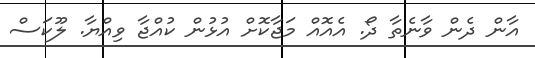
އާން ދެން ވާނެތާ ދޯ. އެއޮއް މަޖާކޮށް އުޅުން ކުއްޖާ ވިއްޔާ. ލޫކަސް